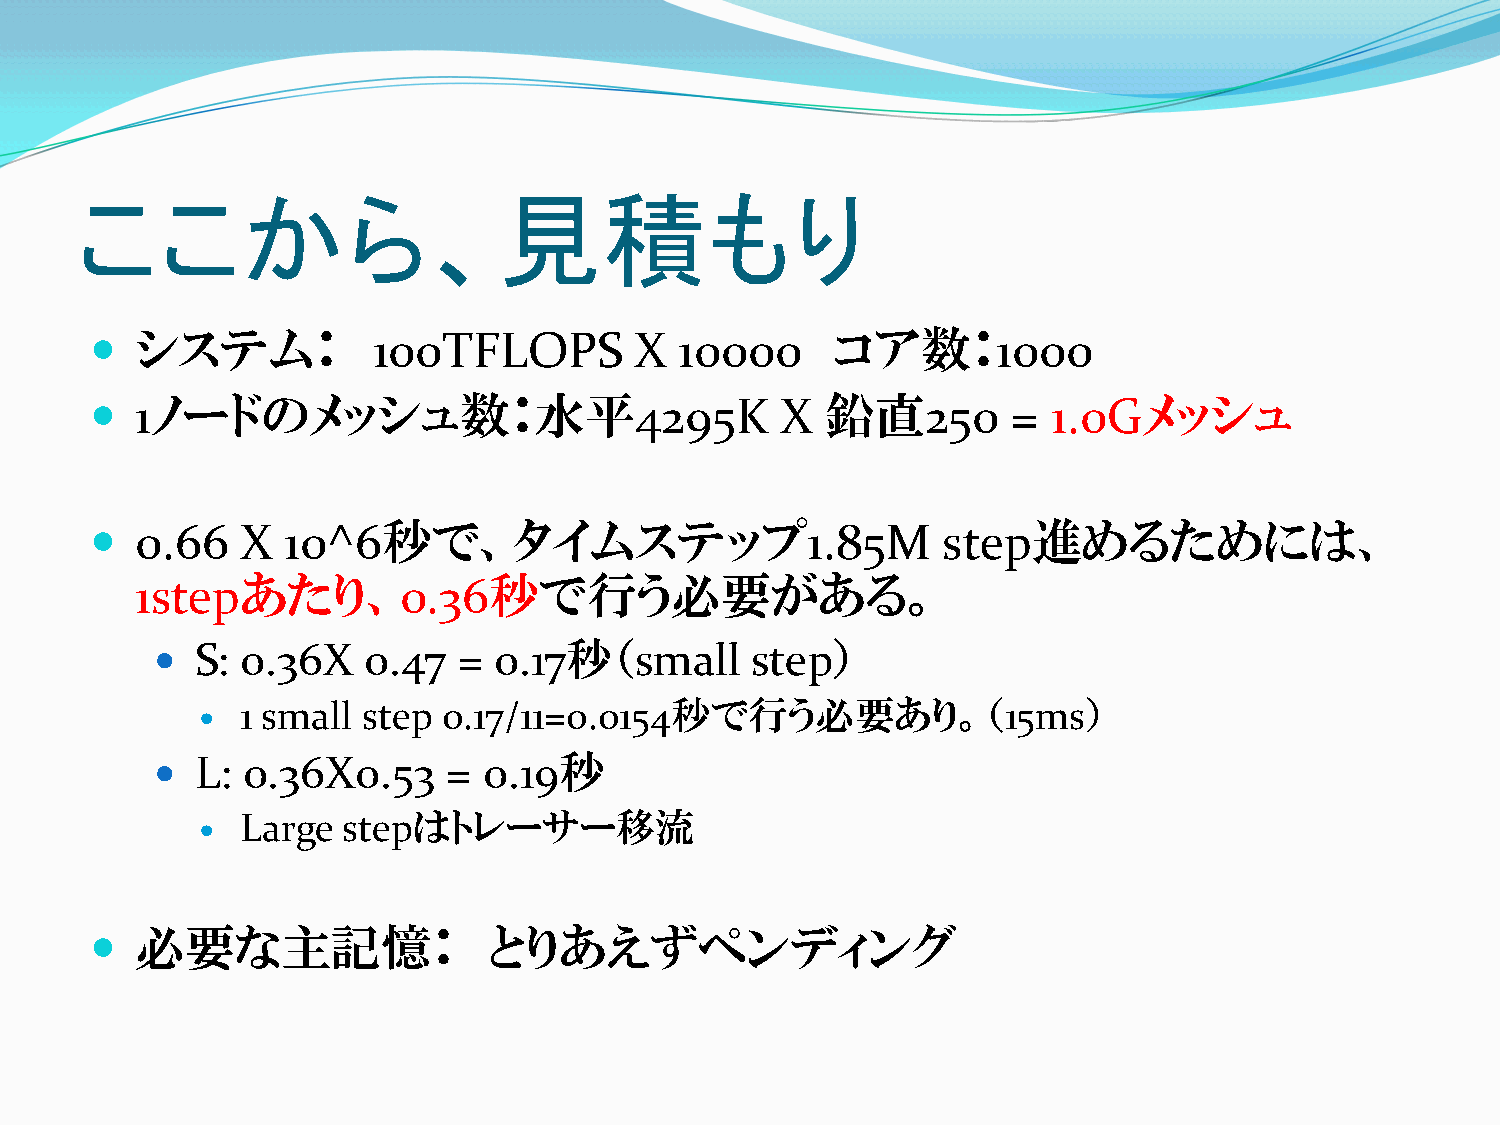
ここから、見積もり
   システム：           100TFLOPS        X  10000     コア数：1000
   1ノードのメッシュ数：水平4295K                         X  鉛直250       =  1.0Gメッシュ
   0.66   X  10^6秒で、タイムステップ1.85M                        step進めるためには、
 1stepあたり、0.36秒で行う必要がある。
   S: 0.36X   0.47  =  0.17秒（small      step）
 1 small step 0.17/11=0.0154秒で行う必要あり。（15ms）
 
   L: 0.36X0.53     = 0.19秒
 Large  stepはトレーサー移流
 
   必要な主記憶：                とりあえずペンディング